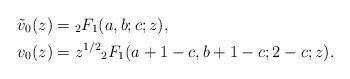
LaTeX: \begin{align*}\tilde{v}_0(z)& = {}_2F_1(a,b;c;z), \\v_0(z)& = z^{1/2}{}_2F_1(a+1-c,b+1-c; 2-c; z).\end{align*}